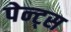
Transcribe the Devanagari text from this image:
पेन्ट्स